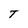
Character: T